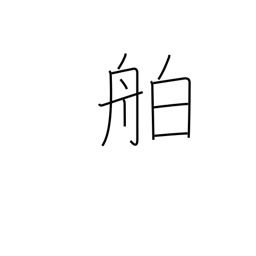
Meaning: liner